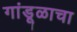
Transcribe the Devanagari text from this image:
गांडूळाचा